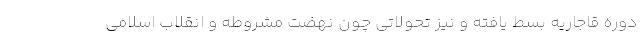
دوره قاجاریه بسط یافته و نیز تحولاتی چون نهضت مشروطه و انقلاب اسلامی